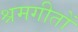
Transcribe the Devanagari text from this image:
श्रमगीतों